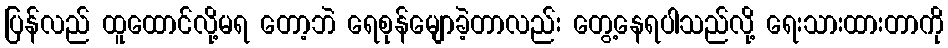
ပြန်လည် ထူထောင်လို့မရ တော့ဘဲ ရေစုန်မျောခဲ့တာလည်း တွေ့နေရပါသည်လို့ ရေးသားထားတာကို